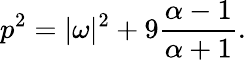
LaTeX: p^{2}=|\omega|^{2}+9{\frac{\alpha-1}{\alpha+1}}.